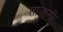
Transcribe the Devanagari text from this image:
ताज़ागी